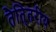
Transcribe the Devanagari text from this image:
तैति्तरीय